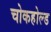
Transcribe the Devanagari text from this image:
चोकहोल्ड